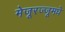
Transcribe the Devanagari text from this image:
मेजूरज्जूमधे